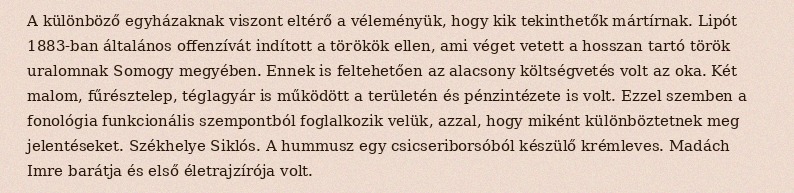
A különböző egyházaknak viszont eltérő a véleményük, hogy kik tekinthetők mártírnak. Lipót 1883-ban általános offenzívát indított a törökök ellen, ami véget vetett a hosszan tartó török uralomnak Somogy megyében. Ennek is feltehetően az alacsony költségvetés volt az oka. Két malom, fűrésztelep, téglagyár is működött a területén és pénzintézete is volt. Ezzel szemben a fonológia funkcionális szempontból foglalkozik velük, azzal, hogy miként különböztetnek meg jelentéseket. Székhelye Siklós. A hummusz egy csicseriborsóból készülő krémleves. Madách Imre barátja és első életrajzírója volt.